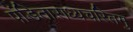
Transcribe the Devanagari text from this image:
पंडिताराध्यचरितमु